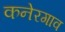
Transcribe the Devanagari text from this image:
कनेरगाव